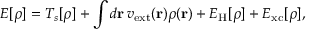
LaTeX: E [ \rho ] = T _ { s } [ \rho ] + \int d \mathbf { r } \, v _ { \mathrm { e x t } } ( \mathbf { r } ) \rho ( \mathbf { r } ) + E _ { \mathrm { H } } [ \rho ] + E _ { \mathrm { x c } } [ \rho ] ,